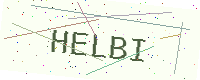
Text: HELBI